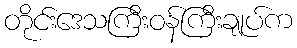
တိုင်းဒေသကြီးဝန်ကြီးချုပ်က